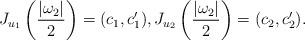
LaTeX: \begin{align*} J_{u_1}\left(\frac{|\omega_2|}{2}\right)= (c_1,c_1'), J_{u_2}\left(\frac{|\omega_2|}{2}\right)= (c_2,c_2').\end{align*}